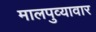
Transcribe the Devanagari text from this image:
मालपुव्यावार